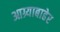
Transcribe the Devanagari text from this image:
आग्र्याबाहेर